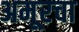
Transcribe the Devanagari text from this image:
अमूरचा